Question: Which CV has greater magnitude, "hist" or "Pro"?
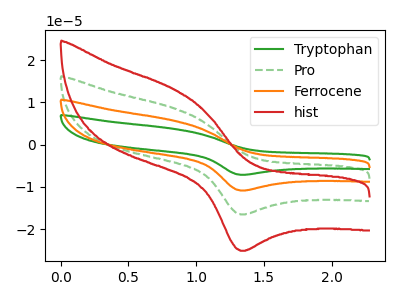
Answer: <think>The green curve "Tryptophan" has an anodic peak at (0.85V, 25.65uA) and a cathodic peak at (1.35V, -49.60uA). The green dashed curve "Pro" has an anodic peak at (0.85V, 8.55uA) and a cathodic peak at (1.35V, -16.55uA). The orange curve "Ferrocene" has an anodic peak at (0.85V, 17.10uA) and a cathodic peak at (1.35V, -33.10uA). The red curve "hist" has an anodic peak at (0.85V, 13.00uA) and a cathodic peak at (1.35V, -25.15uA).
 All the peaks in "hist" have a peak in "Pro" at the same potential. Every peak in "hist" is higher than every peak in "Pro".</think>
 <answer>"hist" has more signal than "Pro".</answer>
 <eval>more_signal</eval>